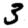
Digit: 3